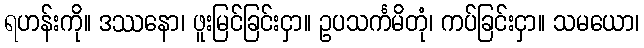
ရဟန်းကို။ ဒဿနော၊ ဖူးမြင်ခြင်းငှာ။ ဥပသင်္ကမိတုံ၊ ကပ်ခြင်းငှာ။ သမယော၊